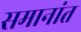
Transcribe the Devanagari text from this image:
समानांत